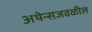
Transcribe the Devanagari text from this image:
अथेन्सजवळील